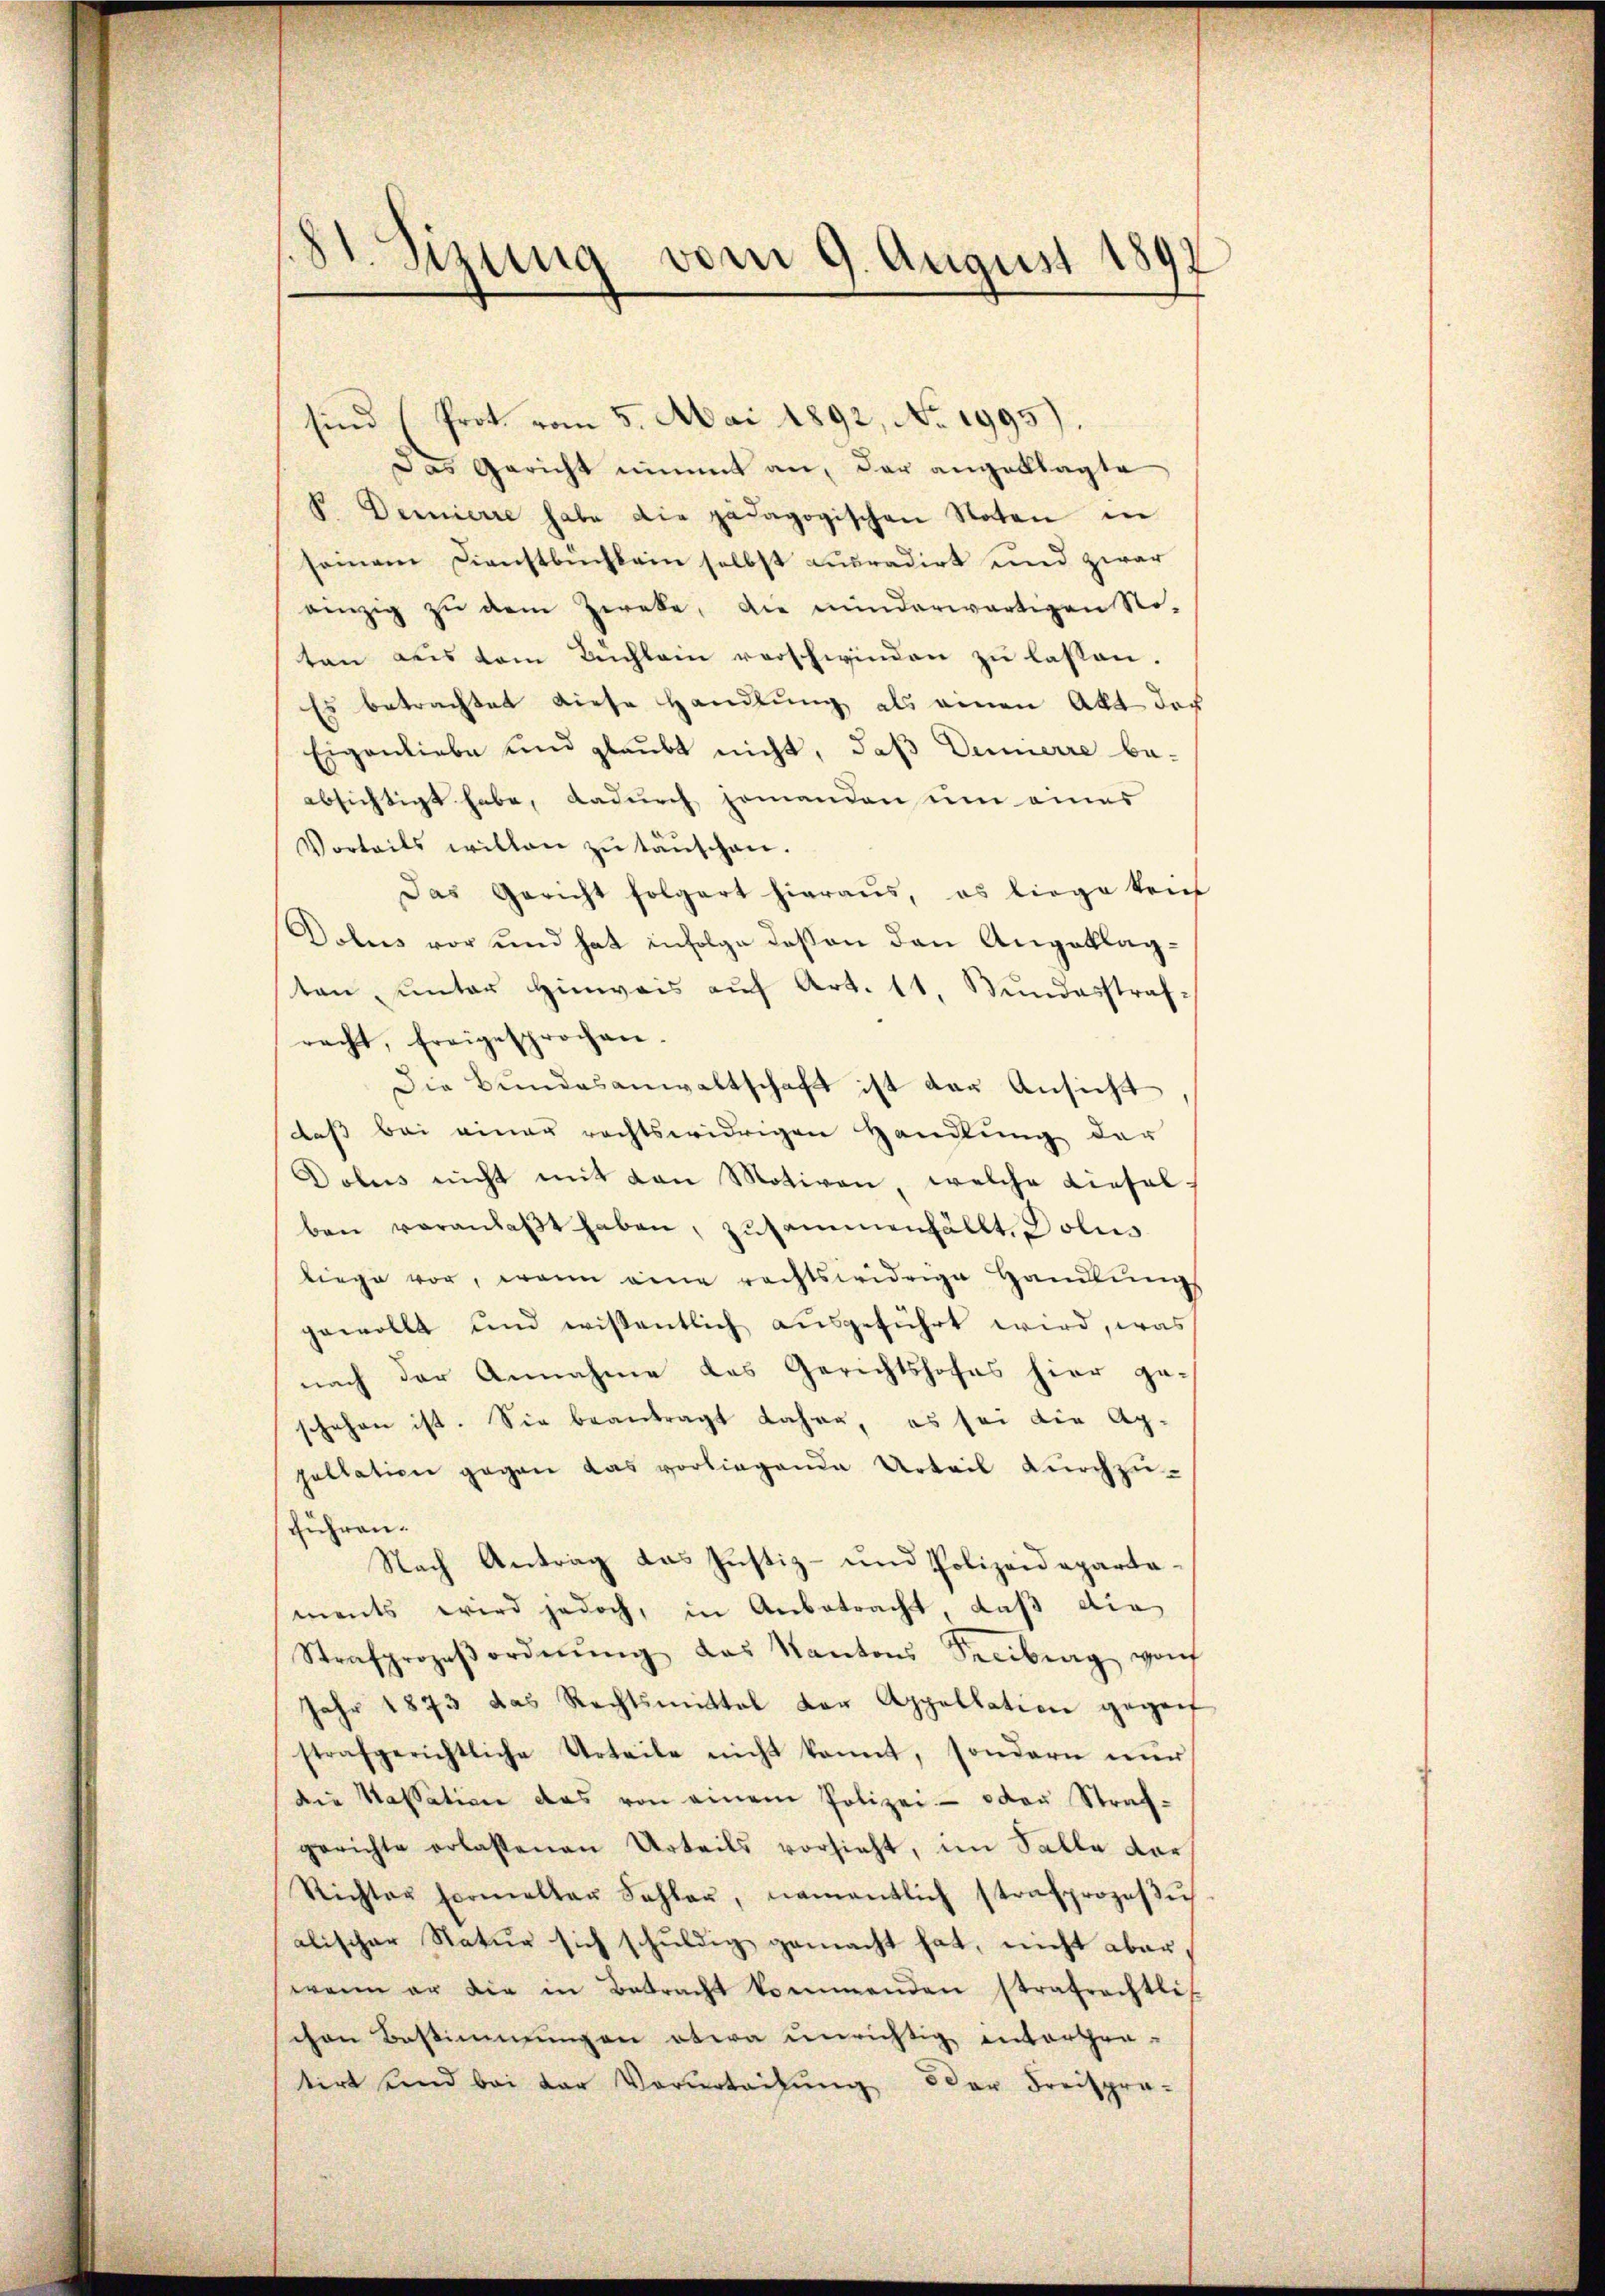
181. Sizung vom 9. August 1891

sind (Prot. vom 5. Mai 1892, No 1995).
Das Gericht nimmt an, der angeklagte
V. Demierre habe die pädagogischen Noten in
seinem Dienstbuchkain selbst Lupradirt und zwar
einzig zŭ dem Zweke, die minderwärtigen No-
ten aus dem Buchlein verschwinden zu lassen.
Es betrachtet diese Handlung, als einen Akt der
Eigenliebe und glaubt nicht, daß Dennerre be-
absichtigt habe, dadurch jemanden um eines
Vorteils willen zŭ täŭschen.
Das Gericht folgert hieraŭs, es liege krief
Dolus vor und hat infolge deßen den Angeklagten, unter Hinweis auf Art. 11. Bundesstrafracht, freigesprochen.
Die Bundesanwaltschaft ist der Ansicht
daß bei einer rechtswidrigen Handlung der
Dolus nicht mit von Motiven, welche Liesal-
ben veranlaβt haben, zusammenfällt. Polus
liege vor, wenn eine rechtswidrige Handlŭng
gewollt und wissentlich ausgeführt wird, was
nach der Annahme des Gerichtshofes hier ge-
schehen ist. Sie beantragt Jahre, es sei die Appellation gegen das vorliegende Urteil durchzufführen.
Nach Antrag das Justiz- und Polizeidepartaments wird jedoch, in Anbetracht, daß die
Strafprozeβordnŭng das Kantons Seeitrag von
Jahr 1873 das Rechtsmittal der Appellation gegen
strafgerichtliche Urteile nicht kannt, sondern nŭr
die Kassation das von einem Polizei- oder Strafgerichte erlassenen Urteils vorsieht, im Salle dar¬
Richter Formaltar Fehler, namentlich strafprozeβŭ
alischer Natur sich schuldig gemacht hat, nicht aber,
wenn er die in Betracht kommenden strafrechtlis-
chen Bestimmungen etwa unrichtig entorten-
tirt und bei der Vorurteilŭng oder Freispra-